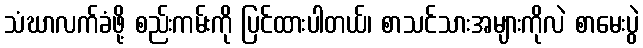
သံဃာလက်ခံဖို့ စည်းကမ်းကို ပြင်ထားပါတယ်၊ စာသင်သားအများကိုလဲ စာမေးပွဲ